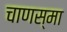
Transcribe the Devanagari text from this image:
चाणस्मा